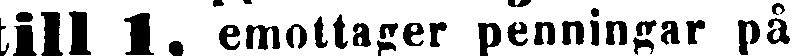
till 1. emottager penningar på